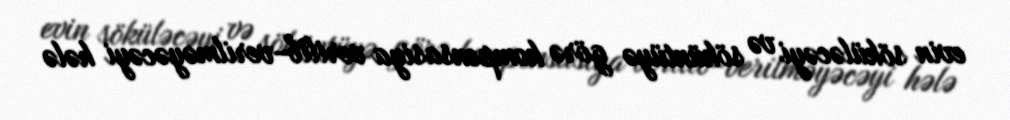
evin söküləcəyi və söküntüyə görə kompensasiya verilib-verilməyəcəyi hələ